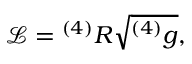
{ \mathcal { L } } = { ^ { ( 4 ) } R } { \sqrt { ^ { ( 4 ) } g } } ,